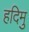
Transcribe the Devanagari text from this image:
हदिमु